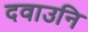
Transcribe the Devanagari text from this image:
दवाउनि